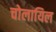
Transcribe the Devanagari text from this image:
चोलायिल